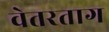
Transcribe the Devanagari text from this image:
वेतरताग